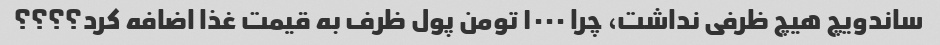
ساندویچ هیچ ظرفی نداشت، چرا ۱۰۰۰ تومن پول ظرف به قیمت غذا اضافه کرد؟؟؟؟